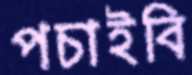
পচাইবি